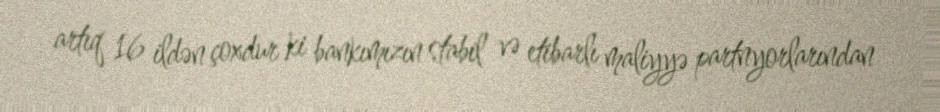
artıq 16 ildən çoxdur ki bankımızın stabil və etibarlı maliyyə partnyorlarından